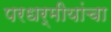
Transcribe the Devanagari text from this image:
परधर्मीयांचा